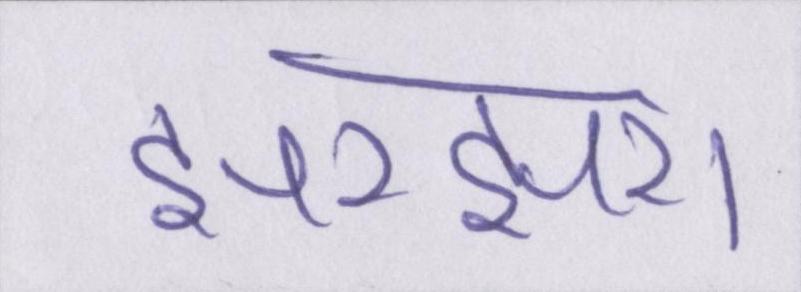
झरझरा